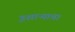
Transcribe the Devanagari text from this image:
इशाऱ्याचा